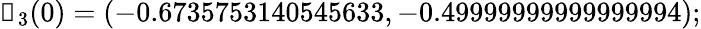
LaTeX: \boldsymbol{\mathscr{R}}_{3}(0)=(-0.6735753140545633,-0.49999999999999994);